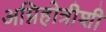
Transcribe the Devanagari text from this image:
अग्निहोत्रीशी